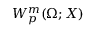
W _ { p } ^ { m } ( \Omega ; X )